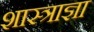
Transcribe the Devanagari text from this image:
शास्त्राज्ञा